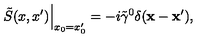
\left. \tilde { S } ( x , x ^ { \prime } ) \right| _ { x _ { 0 } = x _ { 0 } ^ { \prime } } = - i \tilde { \gamma } ^ { 0 } \delta ( { \bf x } - { \bf x } ^ { \prime } ) ,